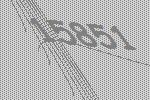
15851